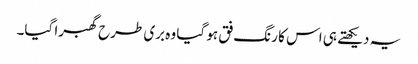
یہ دیکھتے ہی اس کا رنگ فق ہو گیا وہ بری طرح گھبرا گیا۔